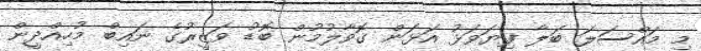
މި މައްސަލަ ބަލާ ފިޔަވަޅު އަޅަން ގޮވާލުމުން ބޮޑު ވަޒީރުގެ ނައިބް މުހިއްދީން